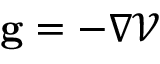
{ \mathbf { g } } = - \nabla \mathcal { V }